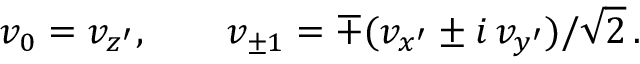
v _ { 0 } = v _ { z ^ { \prime } } , \qquad v _ { \pm 1 } = \mp ( v _ { x ^ { \prime } } \pm i \, v _ { y ^ { \prime } } ) / \sqrt { 2 } \, .